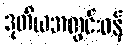
ဒုတိယအတွင်းဝန်